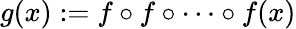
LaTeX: g(x):=f\circ f\circ\cdots\circ f(x)